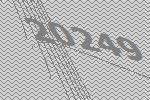
20249